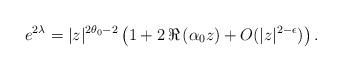
LaTeX: \begin{align*}e^{2\lambda}=|z|^{2\theta_0-2}\left(1+2\,\Re\left(\alpha_0 z\right)+O(|z|^{2-\epsilon})\right).\end{align*}